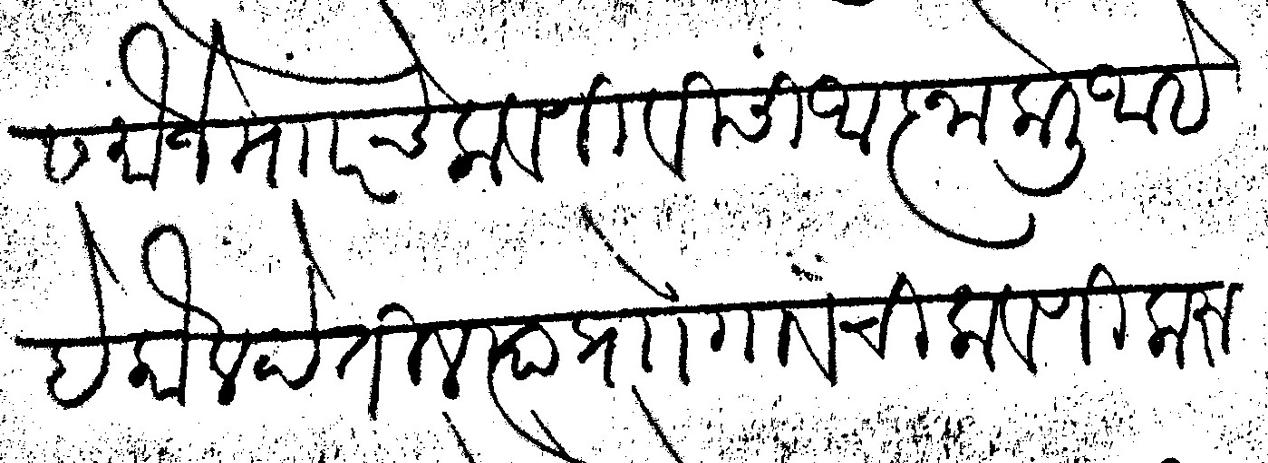
Transliteration (Devanagari): यास मौजे मार चे लावणीविसी आज्ञा केली आहे हे कौल देतील त्याप्रो गावची लावणी करून